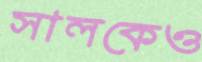
সালকেও